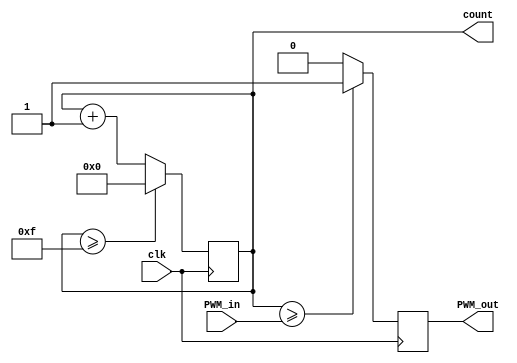
`timescale 1ns / 1ps
//////////////////////////////////////////////////////////////////////////////////
// Company: 
// Engineer: 
// 
// Design Name: 
// Module Name: PWM_Module
// Project Name: 
// Target Devices: 
// Tool Versions: 
// Description: 
// 
// Dependencies: 
// 
// Revision:
// Revision 0.01 - File Created
// Additional Comments:
// 
//////////////////////////////////////////////////////////////////////////////////


module PWM_Module(
    input clk,
    input [3:0] PWM_in,
    
    output wire PWM_out,
    output wire [3:0] count
);

reg [3:0] cnt;
reg pwm;

assign count = cnt;
assign PWM_out = pwm;

initial 
cnt = 4'b0000;

always @(posedge clk) 
begin 
cnt <= (cnt >= 4'b1111)? 4'b0000 : (cnt + 1'b1);
pwm <= (cnt >= PWM_in)? 1'b1 : 1'b0;

end



endmodule